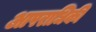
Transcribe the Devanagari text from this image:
आपराधिकी